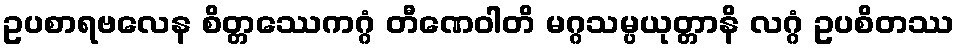
ဥပစာရဗလေန စိတ္တဿေကဂ္ဂံ တီဏေဝါတိ မဂ္ဂသမ္ပယုတ္တာနိ လဂ္ဂံ ဥပစိတဿ